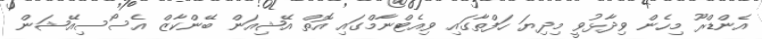
އެންޑްރޫ މިހެން ވިދާޅުވީ މިދިޔަ ހަފްތާގައި ވިއެޓްނާމްގައި އޮތް އޭޝިއަން ބޭންކާޒް އެސޯސިއޭޝަން